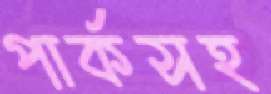
পার্কসহ